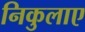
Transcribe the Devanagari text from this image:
निकुलाए